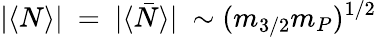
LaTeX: |\langle N\rangle|~=~|\langle\bar{N}\rangle|~\sim(m_{3/2}m_{P})^{1/2}